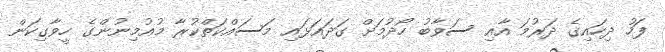
ފަހު ދިހައިގެ ދަރުމަ އާއި ސަވާބު ހޯދުމަށް ގަދައަޅައި މަސައްކަތްކުރާ މުއުމިނުންގެ ހީވާގިކަން